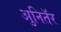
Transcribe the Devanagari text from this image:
अुनितॅर